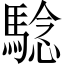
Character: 騐